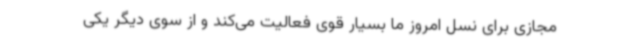
مجازی برای نسل امروز ما بسیار قوی فعالیت می‌کند و از سوی دیگر یکی